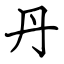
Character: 丹